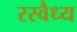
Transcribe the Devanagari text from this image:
रस्वैध्य